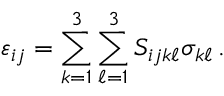
\varepsilon _ { i j } = \sum _ { k = 1 } ^ { 3 } \sum _ { \ell = 1 } ^ { 3 } S _ { i j k \ell } \sigma _ { k \ell } \, .